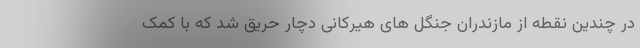
در چندین نقطه از مازندران جنگل های هیرکانی دچار حریق شد که با کمک